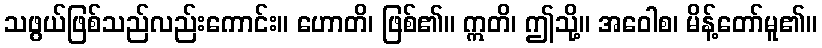
သဖွယ်ဖြစ်သည်လည်းကောင်း။ ဟောတိ၊ ဖြစ်၏။ ဣတိ၊ ဤသို့။ အဝေါစ၊ မိန့်တော်မူ၏။